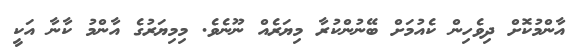
އާންމުކޮށް ދިވެހިން ކެއުމަށް ބޭނުންކުރާ މިޔަރެއް ނޫނެވެ. މިމިޔަރުގެ އާންމު ކާނާ އަކީ